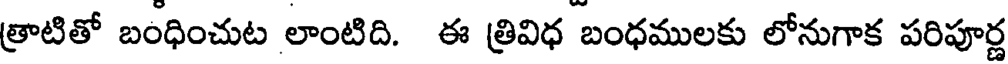
త్రాటితో బంధించుట లాంటిది. ఈ త్రివిధ బంధములకు లోనుగాక పరిపూర్ణ